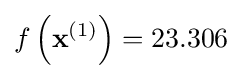
f\left(\mathbf {x} ^{(1)}\right)=23.306